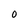
Character: 0